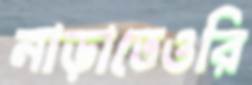
নাড়াতেওরি